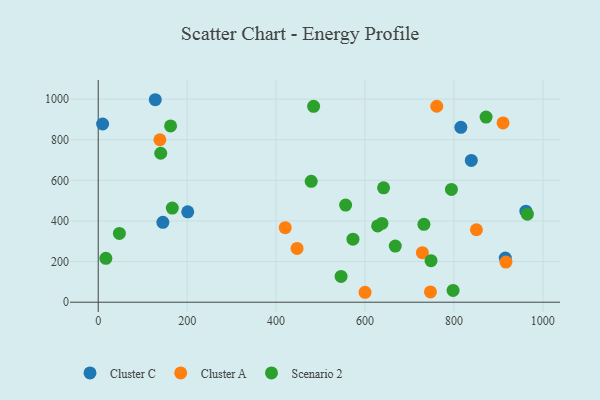
{"axis": {"x": "Engine Size", "y": "Fuel Efficiency"}, "legend": ["Cluster A", "Cluster C", "Scenario 2"], "data": [{"x": "9.9", "y": 877.5, "type": "Cluster C"}, {"x": "915.5", "y": 217.8, "type": "Cluster C"}, {"x": "201.3", "y": 444.9, "type": "Cluster C"}, {"x": "145.4", "y": 393.5, "type": "Cluster C"}, {"x": "128.3", "y": 997.1, "type": "Cluster C"}, {"x": "961.8", "y": 448.2, "type": "Cluster C"}, {"x": "839.1", "y": 698.2, "type": "Cluster C"}, {"x": "815.6", "y": 861.4, "type": "Cluster C"}, {"x": "747.2", "y": 50.7, "type": "Cluster A"}, {"x": "729.0", "y": 243.8, "type": "Cluster A"}, {"x": "420.6", "y": 367.1, "type": "Cluster A"}, {"x": "910.5", "y": 882.7, "type": "Cluster A"}, {"x": "761.4", "y": 965.0, "type": "Cluster A"}, {"x": "850.6", "y": 356.8, "type": "Cluster A"}, {"x": "917.0", "y": 197.8, "type": "Cluster A"}, {"x": "447.2", "y": 264.7, "type": "Cluster A"}, {"x": "600.1", "y": 48.9, "type": "Cluster A"}, {"x": "138.7", "y": 800.0, "type": "Cluster A"}, {"x": "162.7", "y": 868.1, "type": "Scenario 2"}, {"x": "479.0", "y": 595.1, "type": "Scenario 2"}, {"x": "732.5", "y": 383.3, "type": "Scenario 2"}, {"x": "556.4", "y": 478.3, "type": "Scenario 2"}, {"x": "166.6", "y": 463.4, "type": "Scenario 2"}, {"x": "748.5", "y": 204.5, "type": "Scenario 2"}, {"x": "641.8", "y": 563.1, "type": "Scenario 2"}, {"x": "17.2", "y": 215.9, "type": "Scenario 2"}, {"x": "794.4", "y": 555.2, "type": "Scenario 2"}, {"x": "668.1", "y": 276.5, "type": "Scenario 2"}, {"x": "140.6", "y": 733.5, "type": "Scenario 2"}, {"x": "47.6", "y": 338.5, "type": "Scenario 2"}, {"x": "965.2", "y": 433.6, "type": "Scenario 2"}, {"x": "872.3", "y": 911.5, "type": "Scenario 2"}, {"x": "638.1", "y": 388.0, "type": "Scenario 2"}, {"x": "798.1", "y": 58.1, "type": "Scenario 2"}, {"x": "484.4", "y": 964.4, "type": "Scenario 2"}, {"x": "572.9", "y": 310.4, "type": "Scenario 2"}, {"x": "546.2", "y": 127.0, "type": "Scenario 2"}, {"x": "628.4", "y": 375.5, "type": "Scenario 2"}]}